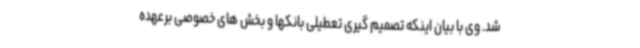
شد. وی با بیان اینکه تصمیم گیری تعطیلی بانکها و بخش های خصوصی برعهده